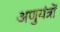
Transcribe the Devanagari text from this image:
अणुयंत्रों